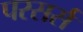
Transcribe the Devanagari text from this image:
परसर्स